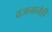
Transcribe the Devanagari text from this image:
वजनानेही